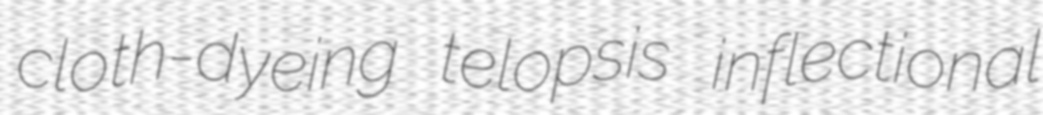
cloth-dyeing telopsis inflectional